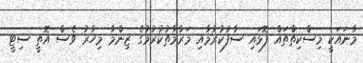
މާނައަކީ މިސްކިތްތައް ފޮޅައި ސާފުކުރުމާއި މަރާމާތުކުރުމުގެ ޒިންމާ މިހާރު ވެސް އޮތީ ސިޓީ